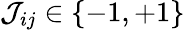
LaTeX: \mathcal{J}_{ij}\in\{ -1,+1\}